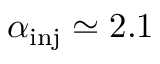
\alpha _ { \mathrm { i n j } } \simeq 2 . 1